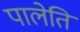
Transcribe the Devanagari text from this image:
पालेति